Bombay plague: being a history of the progress of plague in the Bombay presidency from September 1896 to June 1899
Year: 1896
Disease focus: Plague
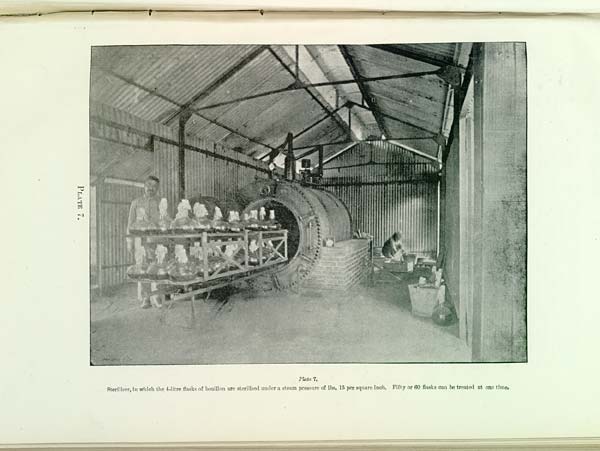
PLATE 7.
Plate 7.
Steriliser, in which the 4-litre flasks of bouillon are sterilised under a steam pressure of lbs. 15 per square inch. Fifty or 60 flasks can be treated at one time.